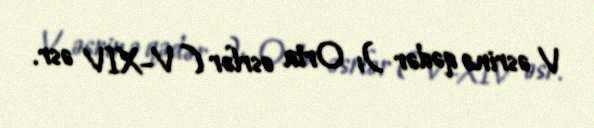
V əsrinə qədər ); Orta əsrlər ( V–XIV əsr.